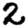
Digit: 2